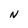
Character: N